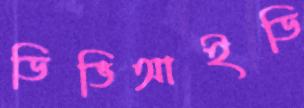
ডিভিআইডি